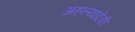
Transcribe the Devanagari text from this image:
अहल्यादेवी